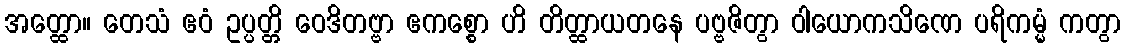
အတ္ထော။ တေသံ ဧဝံ ဥပ္ပတ္တိ ဝေဒိတဗ္ဗာ ဧကစ္စော ဟိ တိတ္ထာယတနေ ပဗ္ဗဇိတွာ ဝါယောကသိဏေ ပရိကမ္မံ ကတွာ